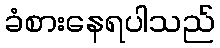
ခံစားနေရပါသည်